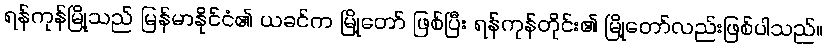
ရန်ကုန်မြို့သည် မြန်မာနိုင်ငံ၏ ယခင်က မြို့တော် ဖြစ်ပြီး ရန်ကုန်တိုင်း၏ မြို့တော်လည်းဖြစ်ပါသည်။